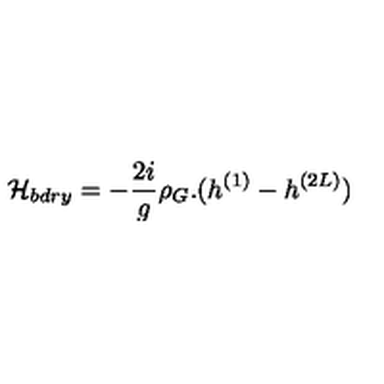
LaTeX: { \cal H } _ { b d r y } = - \frac { 2 i } { g } \rho _ { G } . ( h ^ { ( 1 ) } - h ^ { ( 2 L ) } )